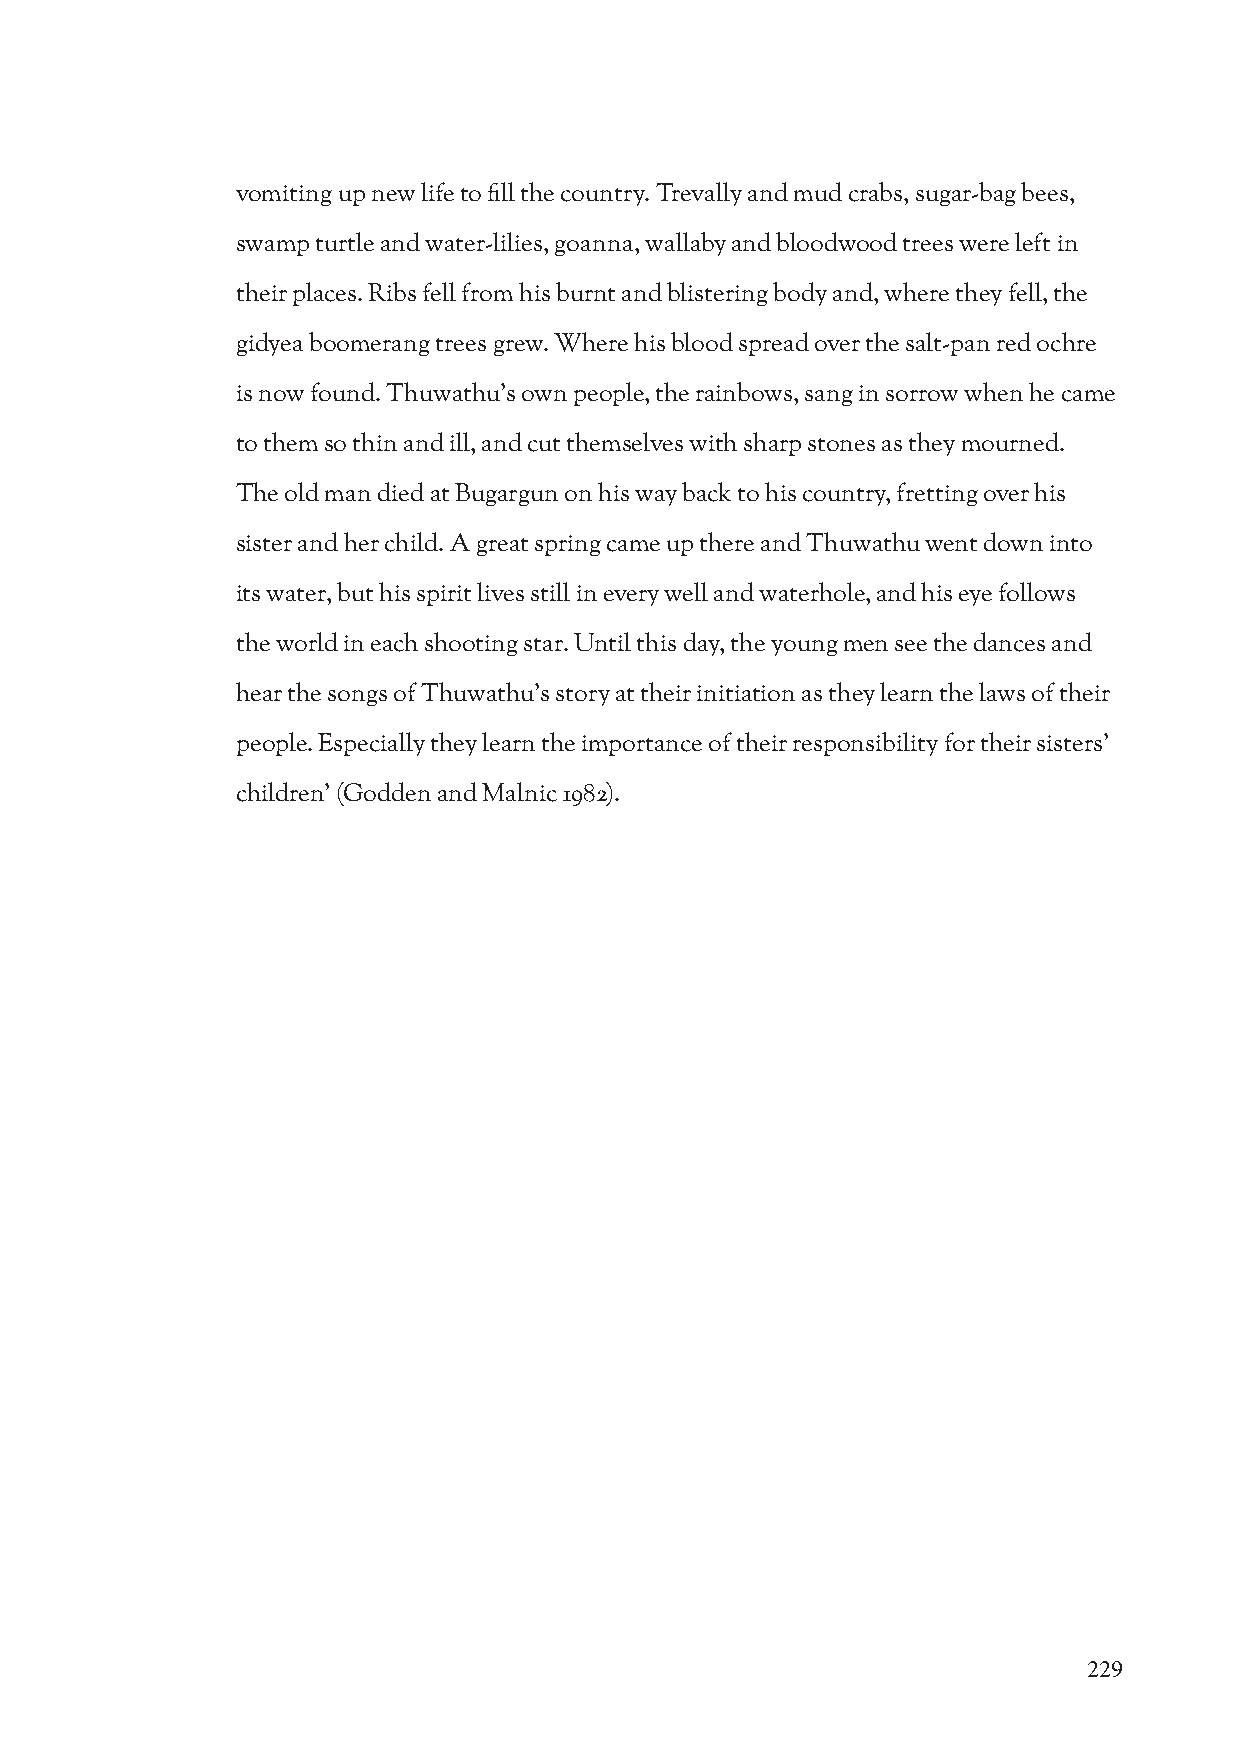
vomiting up new life to fill the country. Trevally and mud crabs, sugar-bag bees,
 swamp turtle and water-lilies, goanna, wallaby and bloodwood trees were left in
 their places. Ribs fell from his burnt and blistering body and, where they fell, the
 gidyea boomerang trees grew. Where his blood spread over the salt-pan red ochre
 is now found. Thuwathu’s own people, the rainbows, sang in sorrow when he came
 to them so thin and ill, and cut themselves with sharp stones as they mourned.
 The old man died at Bugargun on his way back to his country, fretting over his
 sister and her child. A great spring came up there and Thuwathu went down into
 its water, but his spirit lives still in every well and waterhole, and his eye follows
 the world in each shooting star. Until this day, the young men see the dances and
 hear the songs of Thuwathu’s story at their initiation as they learn the laws of their
 people. Especially they learn the importance of their responsibility for their sisters’
 children’ (Godden and Malnic 1982).
 229